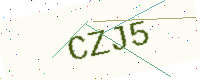
Text: CZJ5